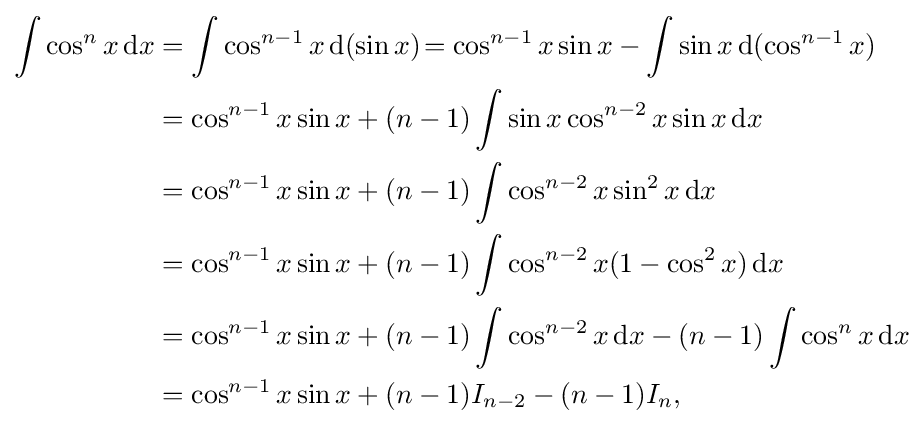
{\begin{aligned}\int \cos ^{n}x\,{\text{d}}x&=\int \cos ^{n-1}x\,{\text{d}}(\sin x)\!=\cos ^{n-1}x\sin x-\int \sin x\,{\text{d}}(\cos ^{n-1}x)\\&=\cos ^{n-1}x\sin x+(n-1)\int \sin x\cos ^{n-2}x\sin x\,{\text{d}}x\\&=\cos ^{n-1}x\sin x+(n-1)\int \cos ^{n-2}x\sin ^{2}x\,{\text{d}}x\\&=\cos ^{n-1}x\sin x+(n-1)\int \cos ^{n-2}x(1-\cos ^{2}x)\,{\text{d}}x\\&=\cos ^{n-1}x\sin x+(n-1)\int \cos ^{n-2}x\,{\text{d}}x-(n-1)\int \cos ^{n}x\,{\text{d}}x\\&=\cos ^{n-1}x\sin x+(n-1)I_{n-2}-(n-1)I_{n},\end{aligned}}